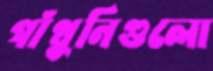
গাঁথুনিগুলো